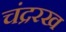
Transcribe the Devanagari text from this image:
चंद्ररख